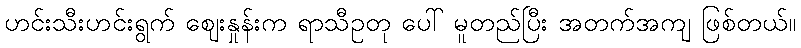
ဟင်းသီးဟင်းရွက် ဈေးနှုန်းက ရာသီဥတု ပေါ် မူတည်ပြီး အတက်အကျ ဖြစ်တယ်။